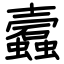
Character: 蠧